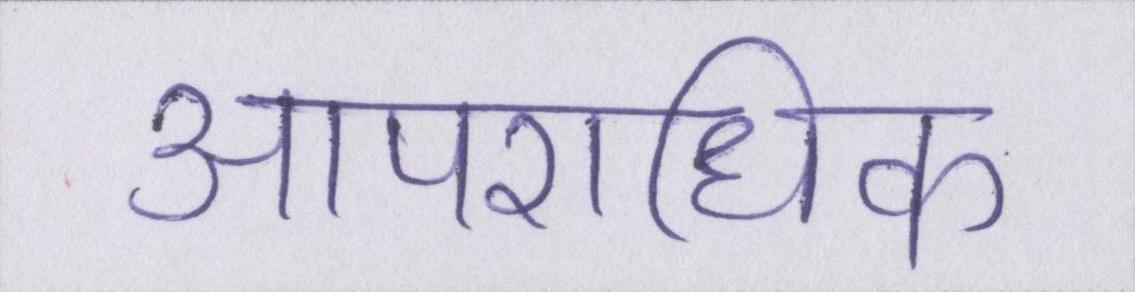
आपराधिक